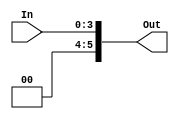
`timescale 1ns / 1ps
//////////////////////////////////////////////////////////////////////////////////
// Company: 
// Engineer: 
// 
// Design Name: 
// Module Name: Sign_Extend
// Project Name: 
// Target Devices: 
// Tool Versions: 
// Description: 
// 
// Dependencies: 
// 
// Revision:
// Revision 0.01 - File Created
// Additional Comments:
// 
//////////////////////////////////////////////////////////////////////////////////


module Sign_Extend(In,Out);
//inputs
input [3:0]In;
//outputs
output [5:0]Out;

//assigns the 4 bits of input as 16bit output
assign Out = In;
endmodule